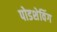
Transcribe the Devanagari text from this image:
पोडशेविंग